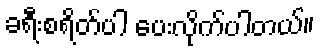
ခရီးစရိတ်ပါ ပေးလိုက်ပါတယ်။